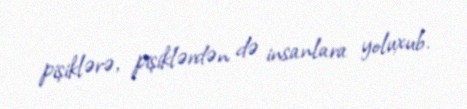
pişiklərə, pişiklərdən də insanlara yoluxub.